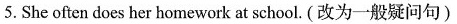
5.She often does her homework at school.(改为一般疑问句)